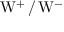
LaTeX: \mathrm { W } ^ { + } \, / \, \mathrm { W } ^ { - }